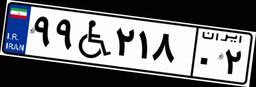
۹۹W۲۱۸۰۲